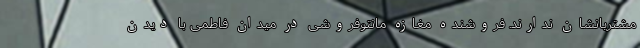
مشتریانشان ندارند. فروشنده مغازه مانتوفروشی در میدان فاطمی با دیدن